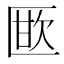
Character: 𭅜